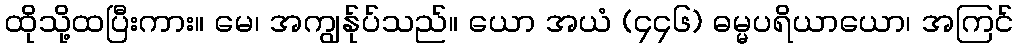
ထိုသို့ထပြီးကား။ မေ၊ အကျွန်ုပ်သည်။ ယော အယံ (၄၄၆) ဓမ္မပရိယာယော၊ အကြင်